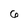
Character: 6